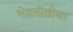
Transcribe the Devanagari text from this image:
भेदनीतीचा